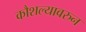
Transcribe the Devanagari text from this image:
कौशल्यावरुन